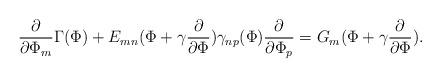
LaTeX: \begin{align*}\frac{\partial}{\partial \Phi_{m}} \Gamma(\Phi) + E_{mn}(\Phi+\gamma \frac{\partial}{\partial \Phi}) \gamma_{np}(\Phi) \frac{\partial}{\partial \Phi_{p}} = G_{m}(\Phi+\gamma\frac{\partial}{\partial \Phi}). \end{align*}